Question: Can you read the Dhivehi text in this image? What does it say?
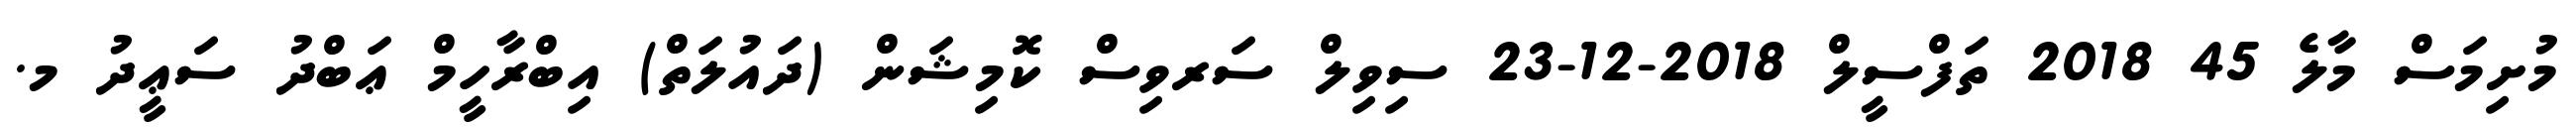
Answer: މުށިމަސް މާލެ 45 2018 ތަފްސީލް 2018-12-23 ސިވިލް ސަރވިސް ކޮމިޝަން (ދައުލަތް) އިބްރާހީމް ޢަބްދު ސަޢީދު މ.